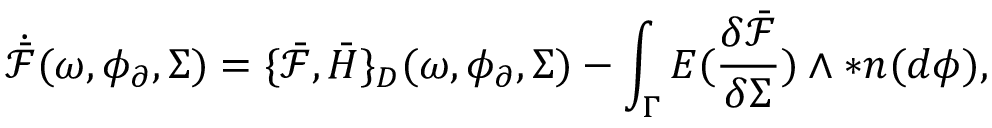
\dot { \bar { \mathcal { F } } } ( \omega , \phi _ { \partial } , \Sigma ) = \{ \bar { \mathcal { F } } , \bar { H } \} _ { D } ( \omega , \phi _ { \partial } , \Sigma ) - \int _ { \Gamma } E ( \frac { \delta \bar { \mathcal { F } } } { \delta \Sigma } ) \wedge \ast \boldsymbol { n } ( d \phi ) ,